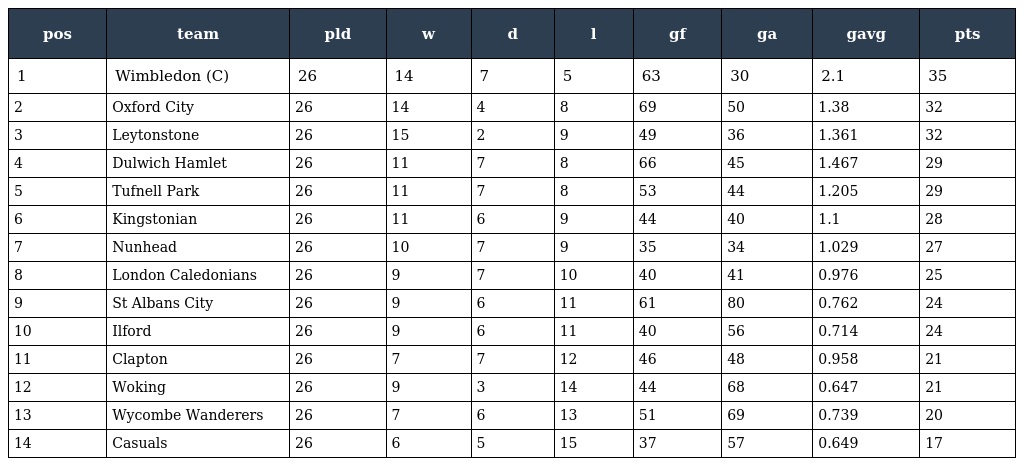
| pos | team | pld | w | d | l | gf | ga | gavg | pts |
 | --- | --- | --- | --- | --- | --- | --- | --- | --- | --- |
 | 1 | Wimbledon (C) | 26 | 14 | 7 | 5 | 63 | 30 | 2.1 | 35 |
 | 2 | Oxford City | 26 | 14 | 4 | 8 | 69 | 50 | 1.38 | 32 |
 | 3 | Leytonstone | 26 | 15 | 2 | 9 | 49 | 36 | 1.361 | 32 |
 | 4 | Dulwich Hamlet | 26 | 11 | 7 | 8 | 66 | 45 | 1.467 | 29 |
 | 5 | Tufnell Park | 26 | 11 | 7 | 8 | 53 | 44 | 1.205 | 29 |
 | 6 | Kingstonian | 26 | 11 | 6 | 9 | 44 | 40 | 1.1 | 28 |
 | 7 | Nunhead | 26 | 10 | 7 | 9 | 35 | 34 | 1.029 | 27 |
 | 8 | London Caledonians | 26 | 9 | 7 | 10 | 40 | 41 | 0.976 | 25 |
 | 9 | St Albans City | 26 | 9 | 6 | 11 | 61 | 80 | 0.762 | 24 |
 | 10 | Ilford | 26 | 9 | 6 | 11 | 40 | 56 | 0.714 | 24 |
 | 11 | Clapton | 26 | 7 | 7 | 12 | 46 | 48 | 0.958 | 21 |
 | 12 | Woking | 26 | 9 | 3 | 14 | 44 | 68 | 0.647 | 21 |
 | 13 | Wycombe Wanderers | 26 | 7 | 6 | 13 | 51 | 69 | 0.739 | 20 |
 | 14 | Casuals | 26 | 6 | 5 | 15 | 37 | 57 | 0.649 | 17 |